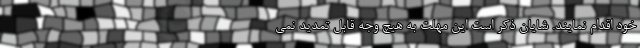
خود اقدام نمایند. شایان ذکر است این مهلت به هیچ وجه قابل تمدید نمی